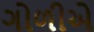
ગોળીએ